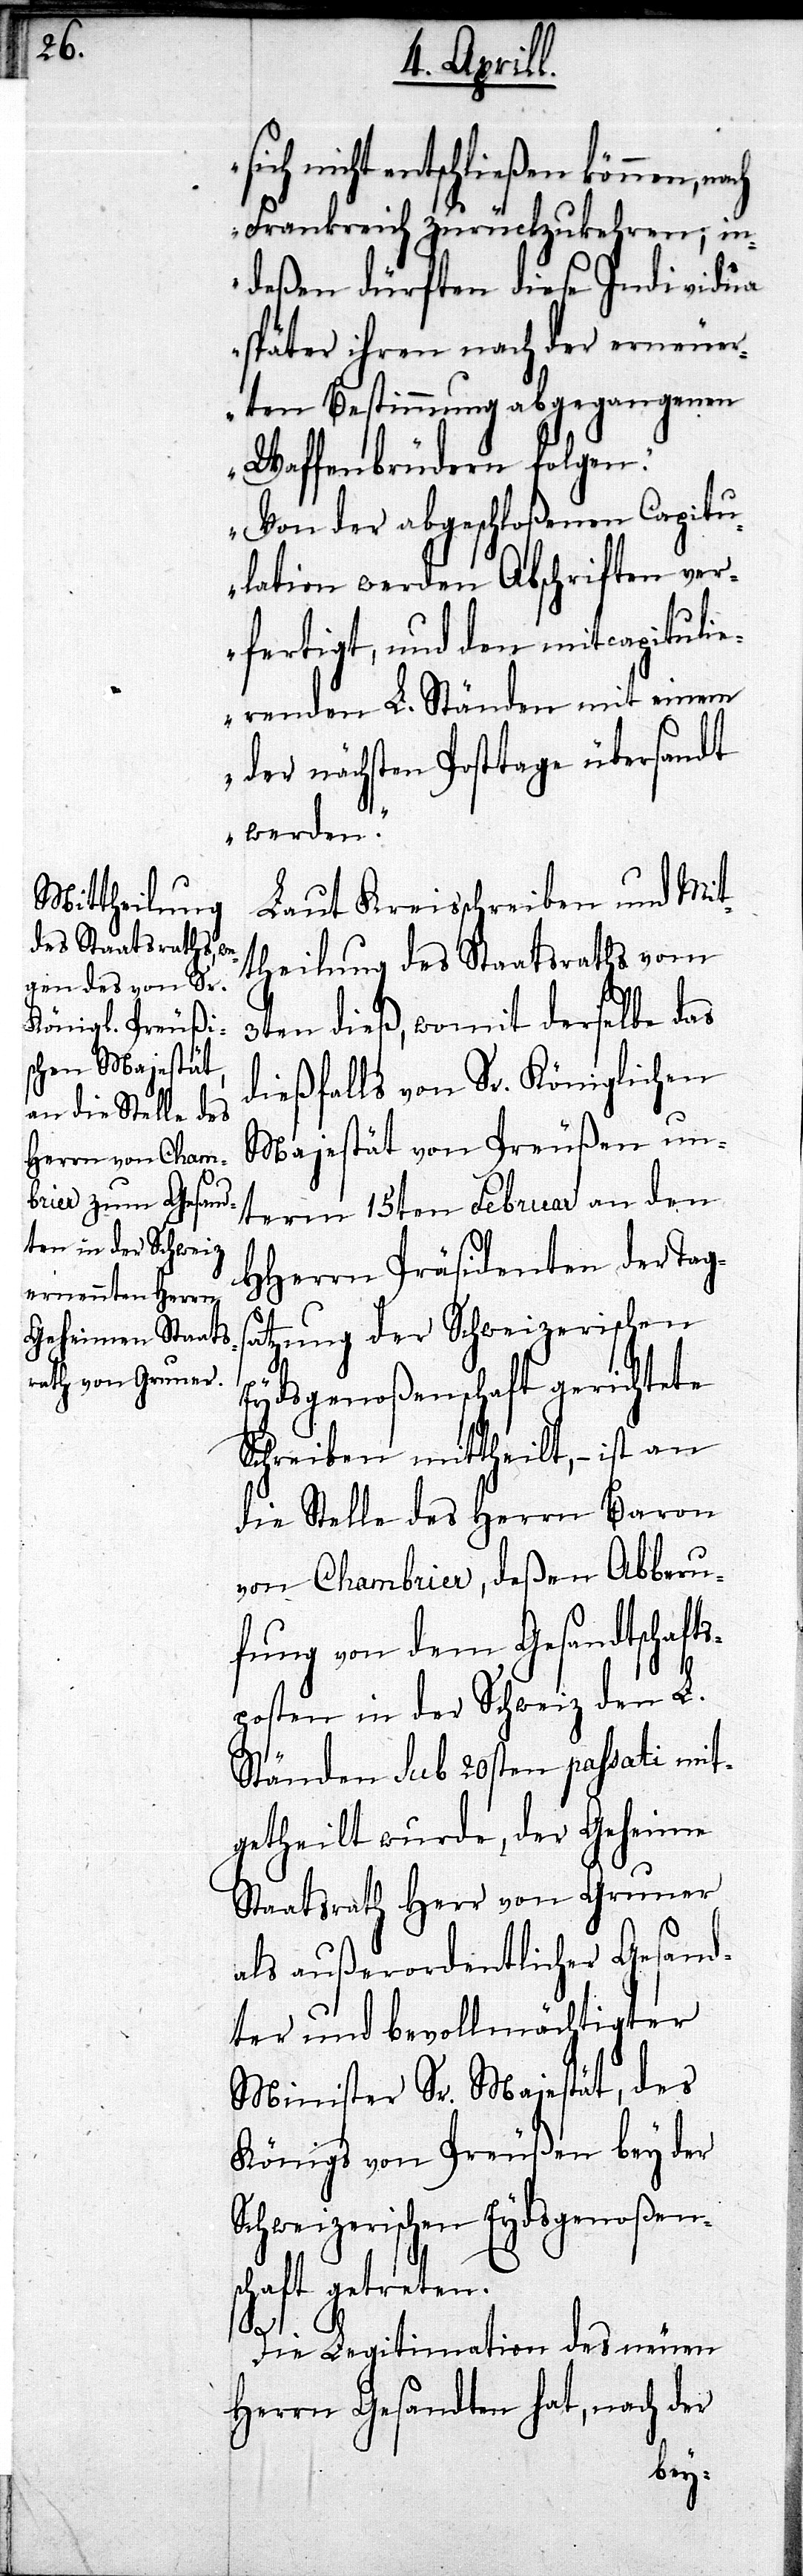
nicht entschließen können,
Frankreich zurückzukehren; in¬
deßen dürften diese Individua
später ihren nach der erneuer¬
ten Bestimmung abgegangenen
Waffenbrüdern folgen.
Von der abgeschloßenen Capitu¬
lation werden Abschriften ver¬
fertigt, und den mitcapituli¬
erenden L. Ständen mit einem
der nächsten Posttage übersandt
werden.“
Laut Kreisschreiben und Mit¬
theilung des Staatsraths vom
3ten dieß, womit derselbe das
dießfalls von Sr. Königlichen
Majestät von Preußen un¬
term 15ten Februar an den
HHerrn Präsidenten der Tag¬
satzung der Schweizerischen
Eydsgenoßenschaft gerichtete
Schreiben mittheilt,– ist an
die Stelle des Herrn Baron
von Chambrier, deßen Abberu¬
fung von dem Gesandtschafts¬
posten in der Schweiz den L.
Ständen sub 20sten passati mit¬
getheilt wurde, der Geheime
Staatsrath Herr von Gruner
als außerordentlicher Gesand¬
ter und bevollmächtigter
Minister Sr. Majestät, des
Königs von Preußen bey der
Schweizerischen Eydsgenoßens¬
chaft getreten.
Die Legitimation des neuen
Herrn Gesandten hat, nach der